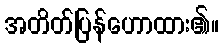
အတိတ်ပြန်ဟောထား၏။